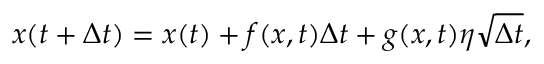
x ( t + \Delta t ) = x ( t ) + f ( x , t ) \Delta t + g ( x , t ) \eta \sqrt { \Delta t } ,